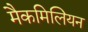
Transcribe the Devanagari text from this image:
मैकमिलियन